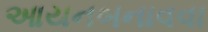
આયનબનાવવા